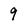
Character: 9